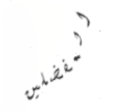
المفضلين